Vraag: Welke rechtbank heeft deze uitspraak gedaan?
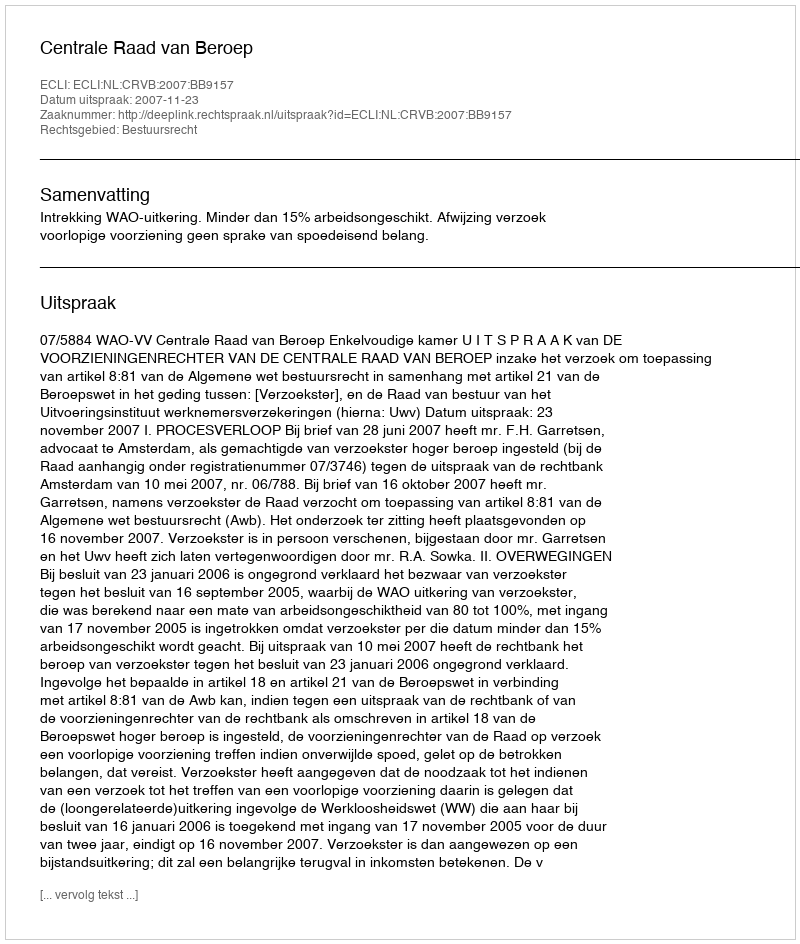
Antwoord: Centrale Raad van Beroep